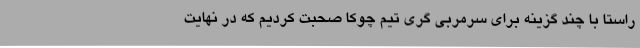
راستا با چند گزینه برای سرمربی گری تیم چوکا صحبت کردیم که در نهایت